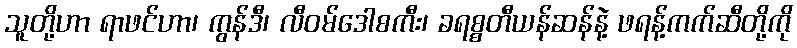
သူတို့ဟာ ရာဖင်ဟာ၊ ကွန်ဒီ၊ လီဝမ်ဒေါစကီး၊ ခရစ္စတီယန်ဆန်နဲ့ ဖရန့်ကက်ဆီတို့ကို